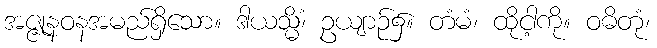
အဇ္ဇုနဝနအမည်ရှိသော။ ဒါယသ္မိံ၊ ဥယျာဉ်၌။ တံမံ၊ ထိုငါ့ကို။ ဝဓိတုံ၊